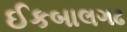
ઈકબાલગઢ